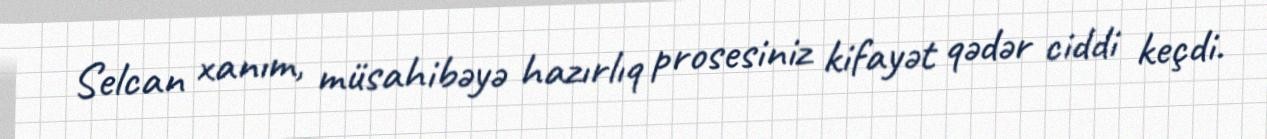
Selcan xanım, müsahibəyə hazırlıq prosesiniz kifayət qədər ciddi keçdi.